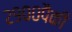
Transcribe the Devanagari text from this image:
२९००पैकी